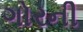
ગોરની